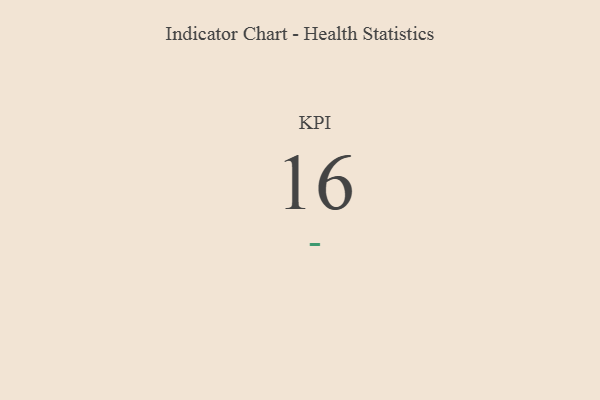
{"axis": {"x": "KPI", "y": "Value"}, "legend": [""], "data": [{"x": "KPI", "y": 16, "type": ""}]}